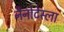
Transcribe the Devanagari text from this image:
नैनोटेस्ला